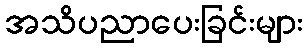
အသိပညာပေးခြင်းများ